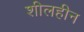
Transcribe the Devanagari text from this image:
शीलहीन